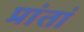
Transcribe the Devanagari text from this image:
प्रांतां